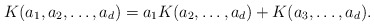
\begin{align*} K(a_1,a_2,\ldots,a_d)&=a_1K(a_2,\ldots,a_d)+K(a_3,\ldots,a_d).\end{align*}